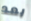
بعد